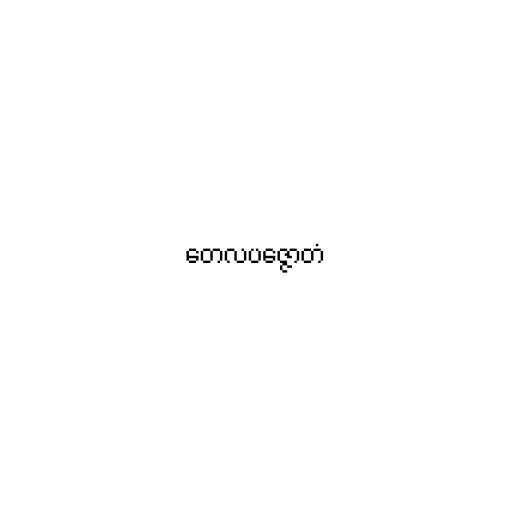
တေလပဇ္ဇောတံ